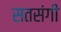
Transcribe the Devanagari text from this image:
सतसंगी